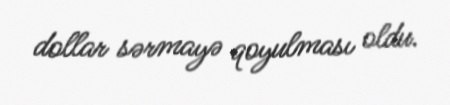
dollar sərmayə qoyulması oldu.